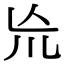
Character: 㠩